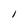
Character: I